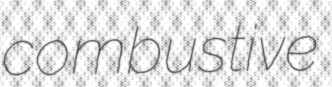
combustive